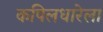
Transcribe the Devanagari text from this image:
कपिलधारेला